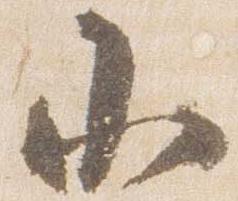
小